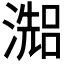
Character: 𤀗